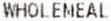
WHOLEMEAL